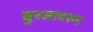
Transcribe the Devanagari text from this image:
बुरजावरून